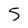
Character: 5